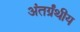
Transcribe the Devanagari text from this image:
अंतर्ग्रंथीय